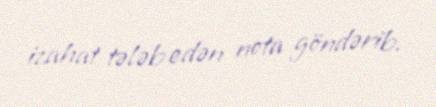
izahat tələb edən nota göndərib.